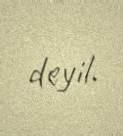
deyil.